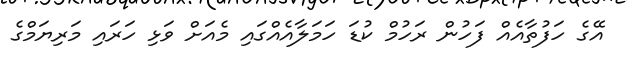
އޭގެ ހަފުތާއެއް ފަހުން ރަހުމް ކުޑަ ހަމަލާއެއްގައި މެއަށް ވަޅި ހަރައި މަރިޔަމްގެ